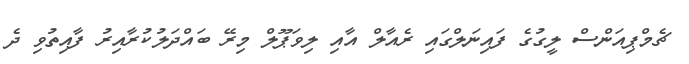
ޗެމްޕިއަންސް ލީގުގެ ފައިނަލްގައި ރެއާލް އާއި ލިވަޕޫލް މިރޭ ބައްދަލުކުރާއިރު ފާއިތުވި ދެ